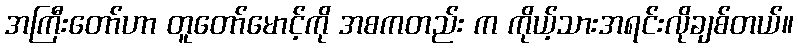
အကြီးတော်ဟာ တူတော်မောင့်ကို အစကတည်း က ကိုယ့်သားအရင်းလိုချစ်တယ်။